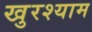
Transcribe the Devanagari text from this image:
खुरश्याम